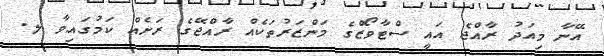
އޭނާ މިއަދު ރާއްޖެ އައީ ސްޓާވޯޒްގެ މަންޒަރުތަކެއް ރާއްޖޭގެ ރަށެއް ކަމުގައިވާ ލ.